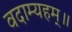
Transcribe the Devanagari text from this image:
वदाम्यहम्॥